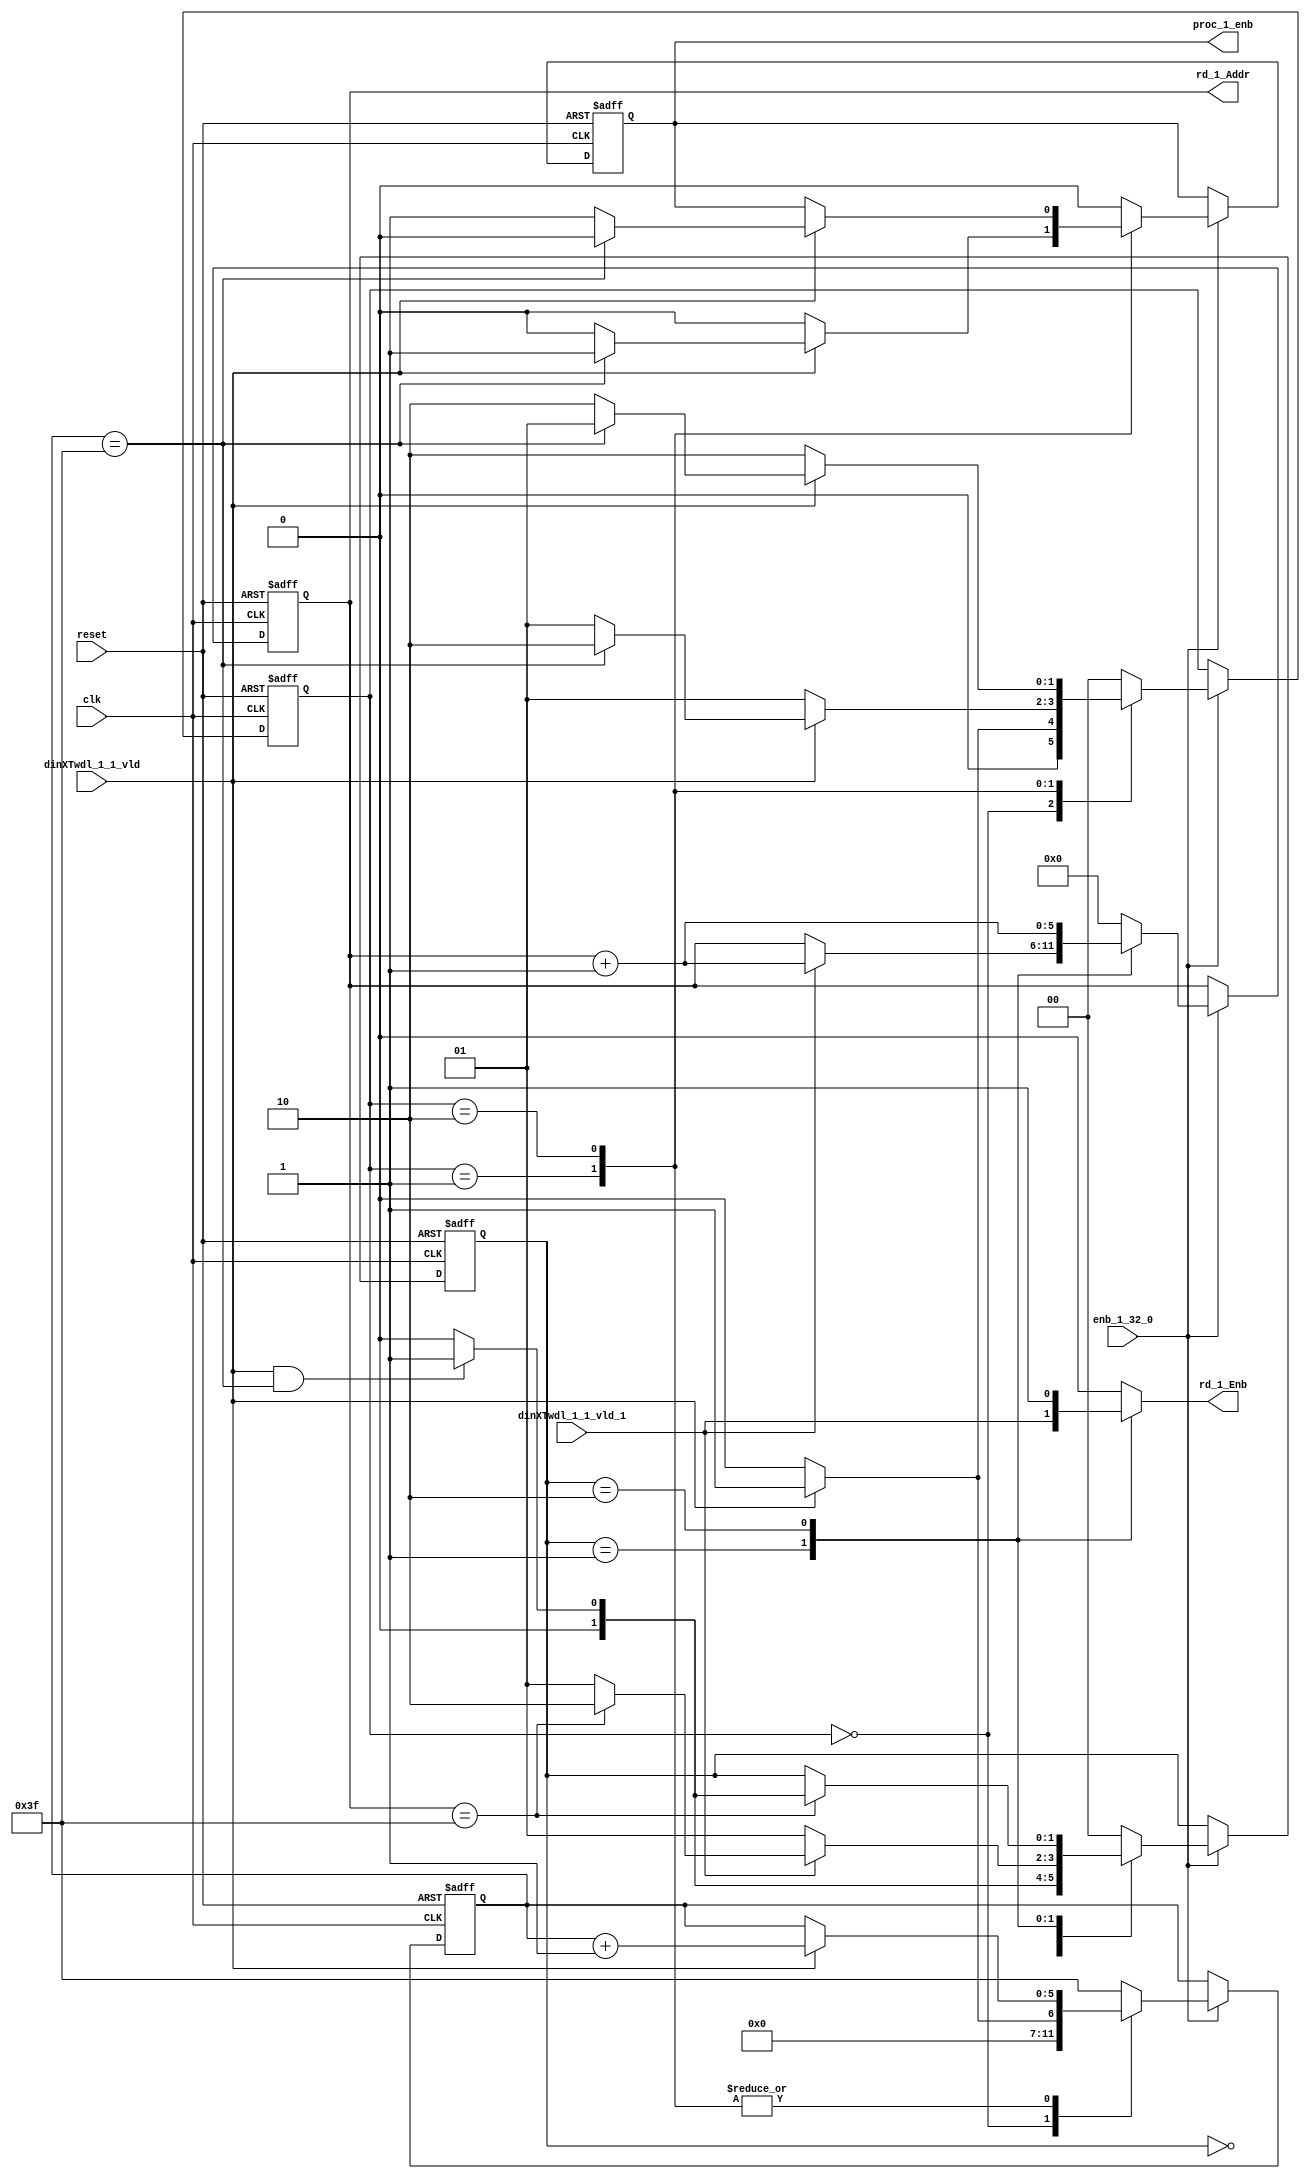
// -------------------------------------------------------------
// 
// 
// Generated by MATLAB 9.13 and HDL Coder 4.0
// 
// -------------------------------------------------------------


// -------------------------------------------------------------
// 
// Module: whdlOFDMTx_RADIX22FFT_CTRL1_1
// Source Path: dsphdl.IFFT/RADIX22FFT_CTRL1_1
// Hierarchy Level: 6
// 
// -------------------------------------------------------------

`timescale 1 ns / 1 ns

module whdlOFDMTx_RADIX22FFT_CTRL1_1
          (clk,
           reset,
           enb_1_32_0,
           dinXTwdl_1_1_vld,
           dinXTwdl_1_1_vld_1,
           rd_1_Addr,
           rd_1_Enb,
           proc_1_enb);


  input   clk;
  input   reset;
  input   enb_1_32_0;
  input   dinXTwdl_1_1_vld;
  input   dinXTwdl_1_1_vld_1;
  output  [5:0] rd_1_Addr;  // ufix6
  output  rd_1_Enb;
  output  proc_1_enb;


  reg [5:0] SDFController_wrCount;  // ufix6
  reg [1:0] SDFController_wrState;  // ufix2
  reg [1:0] SDFController_rdState;  // ufix2
  reg [5:0] SDFController_rdAddr_reg;  // ufix6
  reg  SDFController_procEnb_reg;
  reg [1:0] SDFController_multjState;  // ufix2
  reg  SDFController_multiply_J_reg;
  reg [5:0] SDFController_wrCount_next;  // ufix6
  reg [1:0] SDFController_wrState_next;  // ufix2
  reg [1:0] SDFController_rdState_next;  // ufix2
  reg [5:0] SDFController_rdAddr_reg_next;  // ufix6
  reg  SDFController_procEnb_reg_next;
  reg [1:0] SDFController_multjState_next;  // ufix2
  reg  SDFController_multiply_J_reg_next;
  reg [5:0] rd_1_Addr_1;  // ufix6
  reg  rd_1_Enb_1;
  reg  proc_1_enb_1;
  reg  multiply_1_J;


  // SDFController
  always @(posedge clk or posedge reset)
    begin : SDFController_process
      if (reset == 1'b1) begin
        SDFController_wrCount <= 6'b000000;
        SDFController_rdAddr_reg <= 6'b000000;
        SDFController_wrState <= 2'b00;
        SDFController_rdState <= 2'b00;
        SDFController_multjState <= 2'b00;
        SDFController_procEnb_reg <= 1'b0;
        SDFController_multiply_J_reg <= 1'b0;
      end
      else begin
        if (enb_1_32_0) begin
          SDFController_wrCount <= SDFController_wrCount_next;
          SDFController_wrState <= SDFController_wrState_next;
          SDFController_rdState <= SDFController_rdState_next;
          SDFController_rdAddr_reg <= SDFController_rdAddr_reg_next;
          SDFController_procEnb_reg <= SDFController_procEnb_reg_next;
          SDFController_multjState <= SDFController_multjState_next;
          SDFController_multiply_J_reg <= SDFController_multiply_J_reg_next;
        end
      end
    end

  always @(SDFController_multiply_J_reg, SDFController_multjState,
       SDFController_procEnb_reg, SDFController_rdAddr_reg,
       SDFController_rdState, SDFController_wrCount, SDFController_wrState,
       dinXTwdl_1_1_vld, dinXTwdl_1_1_vld_1) begin
    SDFController_wrCount_next = SDFController_wrCount;
    SDFController_wrState_next = SDFController_wrState;
    SDFController_rdState_next = SDFController_rdState;
    SDFController_rdAddr_reg_next = SDFController_rdAddr_reg;
    SDFController_procEnb_reg_next = SDFController_procEnb_reg;
    SDFController_multjState_next = SDFController_multjState;
    SDFController_multiply_J_reg_next = SDFController_multiply_J_reg;
    case ( SDFController_multjState)
      2'b00 :
        begin
          SDFController_multjState_next = 2'b00;
          SDFController_multiply_J_reg_next = 1'b0;
          if (SDFController_rdState == 2'b01) begin
            SDFController_multjState_next = 2'b01;
          end
        end
      2'b01 :
        begin
          SDFController_multiply_J_reg_next = 1'b0;
          if (SDFController_rdState == 2'b10) begin
            SDFController_multjState_next = 2'b10;
          end
        end
      2'b10 :
        begin
          SDFController_multiply_J_reg_next = 1'b0;
          if (SDFController_rdState == 2'b01) begin
            SDFController_multjState_next = 2'b11;
            SDFController_multiply_J_reg_next = 1'b1;
          end
        end
      2'b11 :
        begin
          if (SDFController_rdState == 2'b01) begin
            SDFController_multjState_next = 2'b11;
            SDFController_multiply_J_reg_next = 1'b1;
          end
          else begin
            SDFController_multiply_J_reg_next = 1'b0;
            SDFController_multjState_next = 2'b00;
          end
        end
      default :
        begin
          SDFController_multjState_next = 2'b00;
          SDFController_multiply_J_reg_next = 1'b0;
        end
    endcase
    case ( SDFController_rdState)
      2'b00 :
        begin
          SDFController_rdState_next = 2'b00;
          SDFController_rdAddr_reg_next = 6'b000000;
          rd_1_Enb_1 = 1'b0;
          if (dinXTwdl_1_1_vld && (SDFController_wrCount == 6'b111111)) begin
            SDFController_rdState_next = 2'b01;
          end
        end
      2'b01 :
        begin
          SDFController_rdState_next = 2'b01;
          rd_1_Enb_1 = dinXTwdl_1_1_vld_1;
          if (dinXTwdl_1_1_vld_1) begin
            if (SDFController_rdAddr_reg == 6'b111111) begin
              SDFController_rdState_next = 2'b10;
            end
            SDFController_rdAddr_reg_next = SDFController_rdAddr_reg + 6'b000001;
          end
        end
      2'b10 :
        begin
          rd_1_Enb_1 = 1'b1;
          if (SDFController_rdAddr_reg == 6'b111111) begin
            if (dinXTwdl_1_1_vld && (SDFController_wrCount == 6'b111111)) begin
              SDFController_rdState_next = 2'b01;
            end
            else begin
              SDFController_rdState_next = 2'b00;
            end
          end
          SDFController_rdAddr_reg_next = SDFController_rdAddr_reg + 6'b000001;
        end
      default :
        begin
          SDFController_rdState_next = 2'b00;
          SDFController_rdAddr_reg_next = 6'b000000;
          rd_1_Enb_1 = 1'b0;
        end
    endcase
    case ( SDFController_wrState)
      2'b00 :
        begin
          SDFController_wrState_next = 2'b00;
          SDFController_wrCount_next = 6'b000000;
          SDFController_procEnb_reg_next = 1'b0;
          if (dinXTwdl_1_1_vld) begin
            SDFController_wrState_next = 2'b01;
            SDFController_wrCount_next = 6'b000001;
          end
        end
      2'b01 :
        begin
          SDFController_wrState_next = 2'b01;
          SDFController_procEnb_reg_next = 1'b0;
          if (dinXTwdl_1_1_vld) begin
            if (SDFController_wrCount == 6'b111111) begin
              SDFController_wrState_next = 2'b10;
              SDFController_procEnb_reg_next = 1'b1;
            end
            else begin
              SDFController_wrState_next = 2'b01;
            end
            SDFController_wrCount_next = SDFController_wrCount + 6'b000001;
          end
        end
      2'b10 :
        begin
          SDFController_wrState_next = 2'b10;
          if (dinXTwdl_1_1_vld) begin
            if (SDFController_wrCount == 6'b111111) begin
              SDFController_wrState_next = 2'b01;
              SDFController_procEnb_reg_next = 1'b0;
            end
            else begin
              SDFController_wrState_next = 2'b10;
              SDFController_procEnb_reg_next = 1'b1;
            end
            SDFController_wrCount_next = SDFController_wrCount + 6'b000001;
          end
        end
      default :
        begin
          SDFController_wrState_next = 2'b00;
          SDFController_wrCount_next = 6'b111111;
          SDFController_procEnb_reg_next = 1'b0;
        end
    endcase
    rd_1_Addr_1 = SDFController_rdAddr_reg;
    proc_1_enb_1 = SDFController_procEnb_reg;
    multiply_1_J = SDFController_multiply_J_reg;
  end



  assign rd_1_Addr = rd_1_Addr_1;

  assign rd_1_Enb = rd_1_Enb_1;

  assign proc_1_enb = proc_1_enb_1;

endmodule  // whdlOFDMTx_RADIX22FFT_CTRL1_1